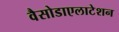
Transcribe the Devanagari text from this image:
वैसोडाएलाटेशन